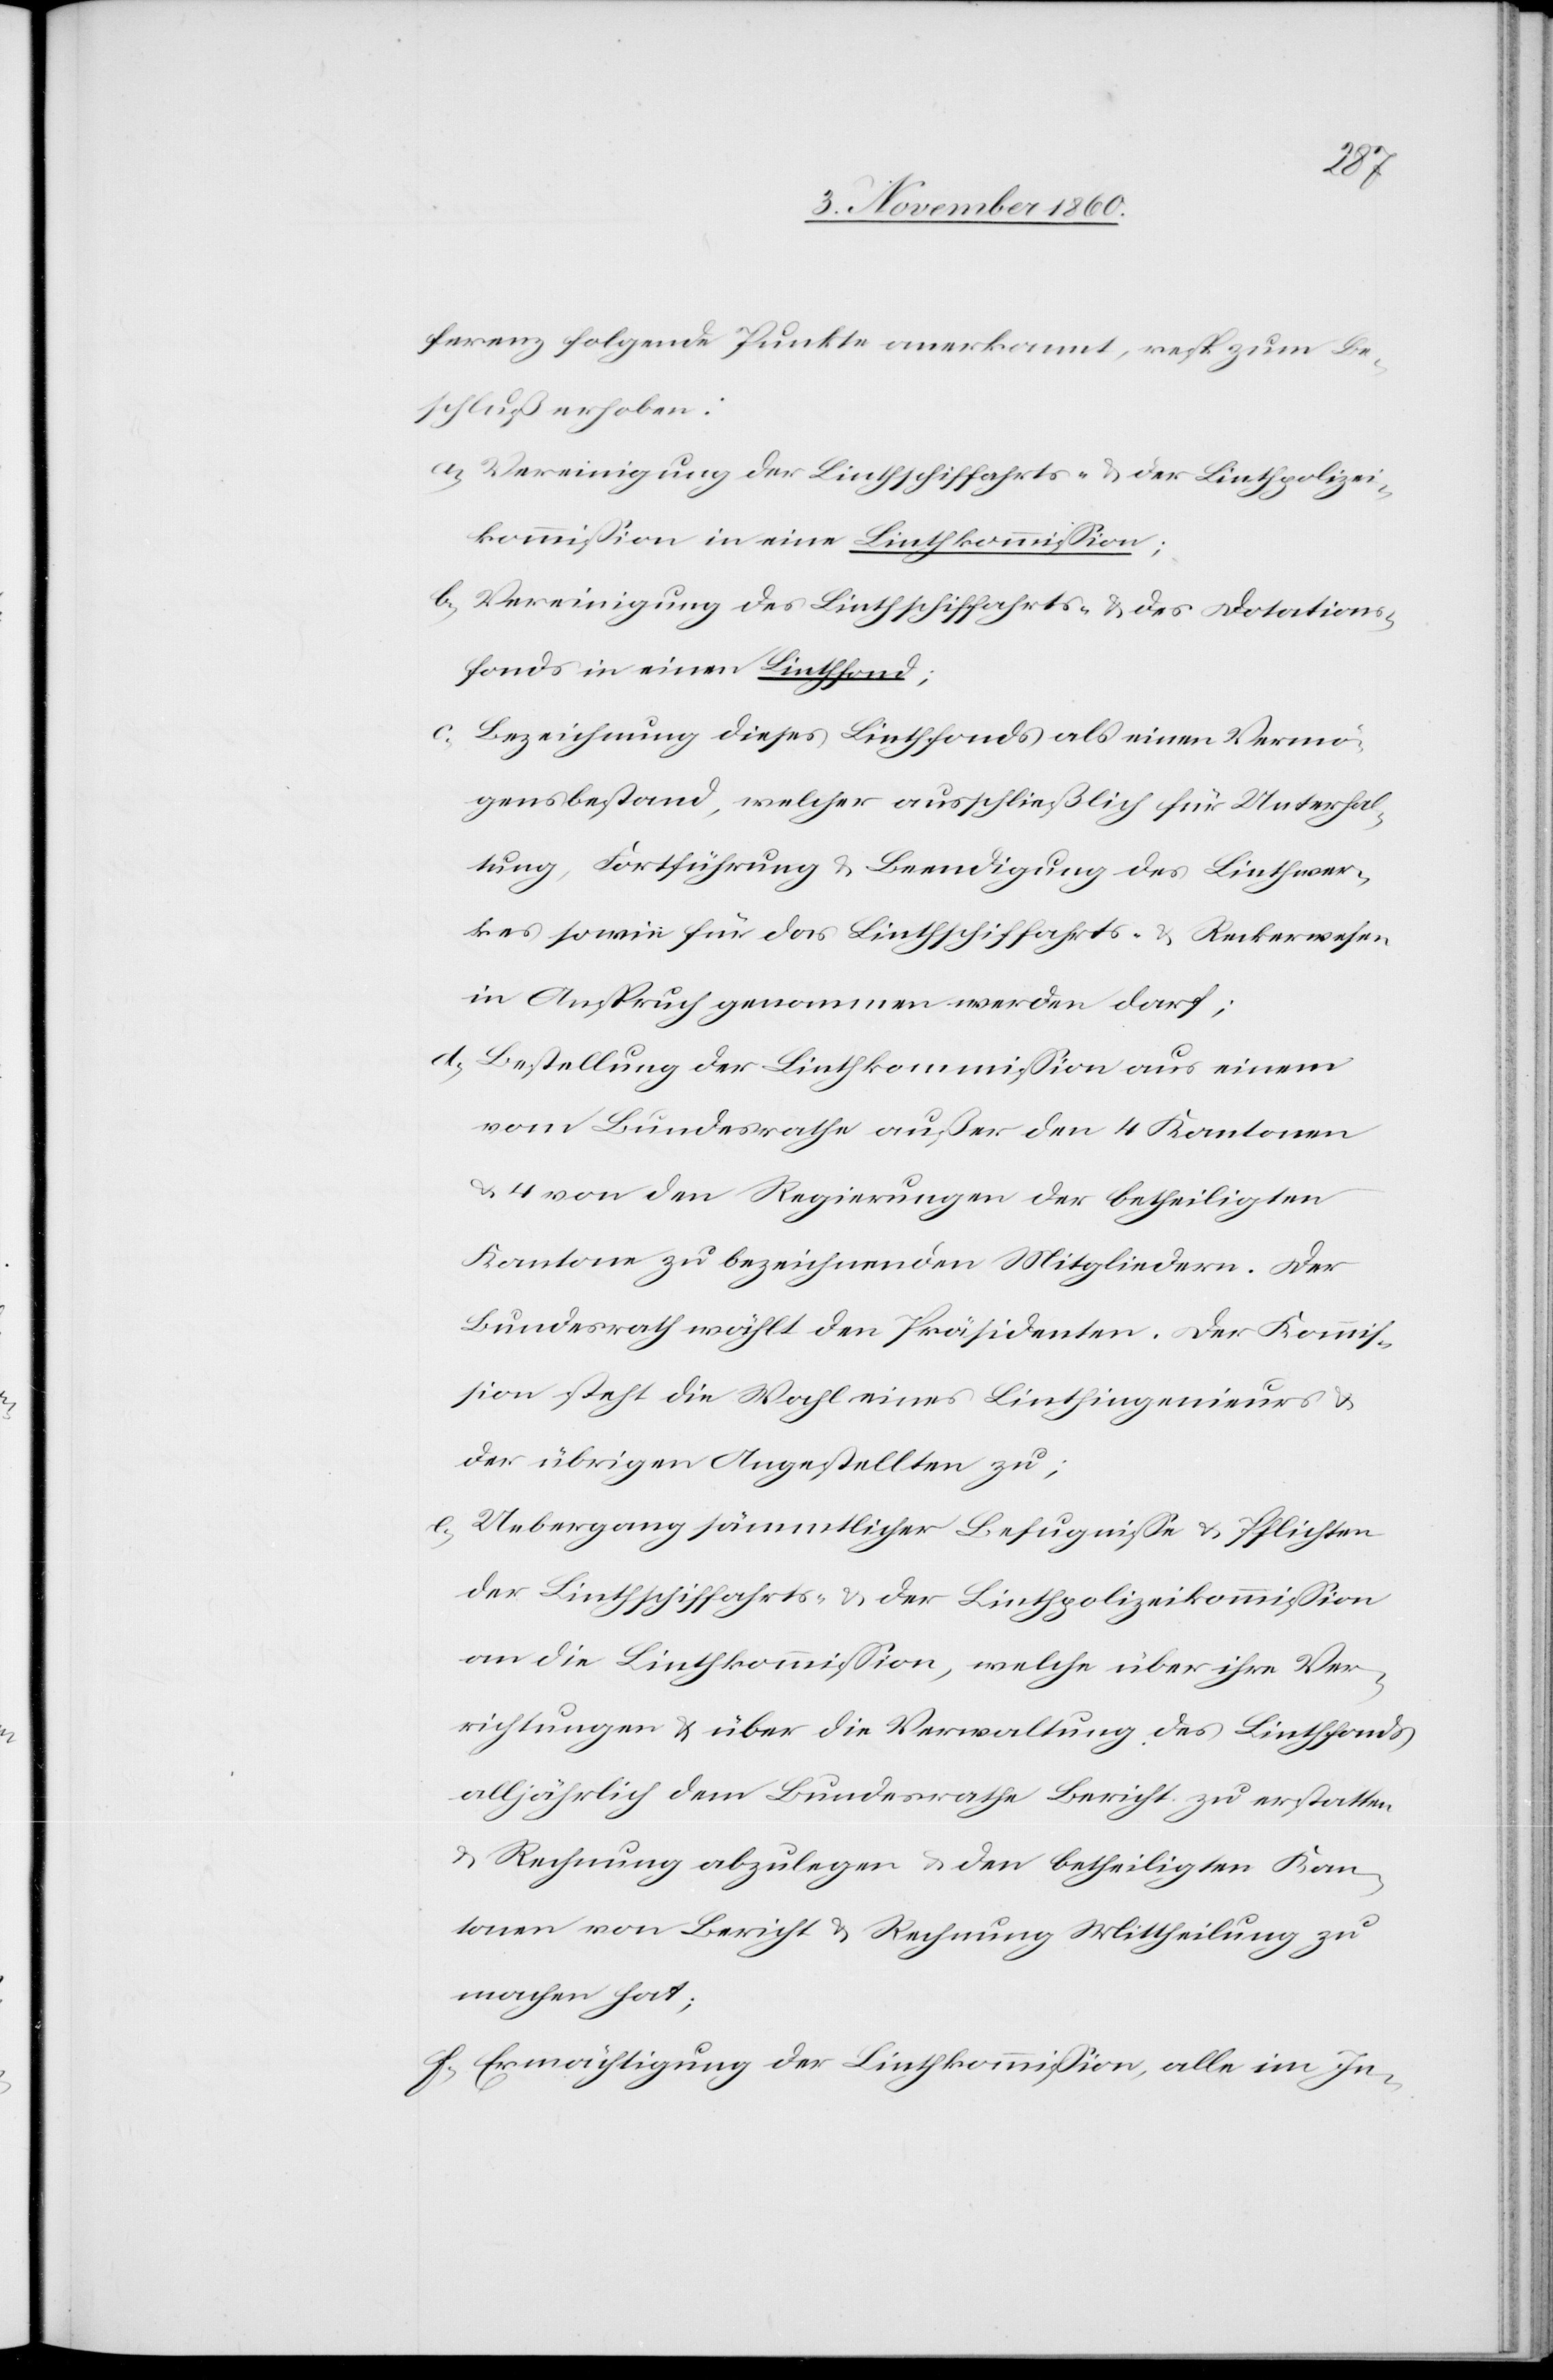
ferenz folgende Punkte anerkannt, resp. zum Be¬
schluß erhoben:
a) Vereinigung der Linthschiffahrts- u. der Linthpolizei¬
kommission in eine Linthkommission;
b) Vereinigung des Linthschiffahrts- u. des Dotations¬
fons in einen Linthfond;
c) Bezeichnung dieses Linthfonds als einen Vermö¬
gensbestand, welcher ausschließlich für Unterhal¬
tung, Fortführung u. Beendigung des Linthwer¬
kes sowie für das Linthschiffahrts- u. Reckerwesen
in Anspruch genommen werden darf.
d) Bestellung der Linthkommission aus einem
vom Bundesrathe außer den 4 Kantonen
u. 4 von den Regierungen der betheiligten
Kantone zu bezeichnenden Mitgliedern. Der
Bundesrath wählt den Präsidenten. Der Kommis¬
sion steht die Wahl eines Linthingenieurs u.
der übrigen Angestellten zu;
e) Uebergang sämmtlicher Befugnisse u. Pflichten
der Linthschiffahrts- u. der Linthpolizeikommission
an die Linthkommission, welche über ihre Ver¬
richtungen u. über die Verwaltung des Linthfonds
alljährlich dem Bundesrathe Bericht zu erstatten
u. Rechnung abzulegen u. den betheiligten Kan¬
tonen von Bericht u. Rechnung Mittheilung zu
machen hat.
f) Ermächtigung der Linthkommission, alles im In-